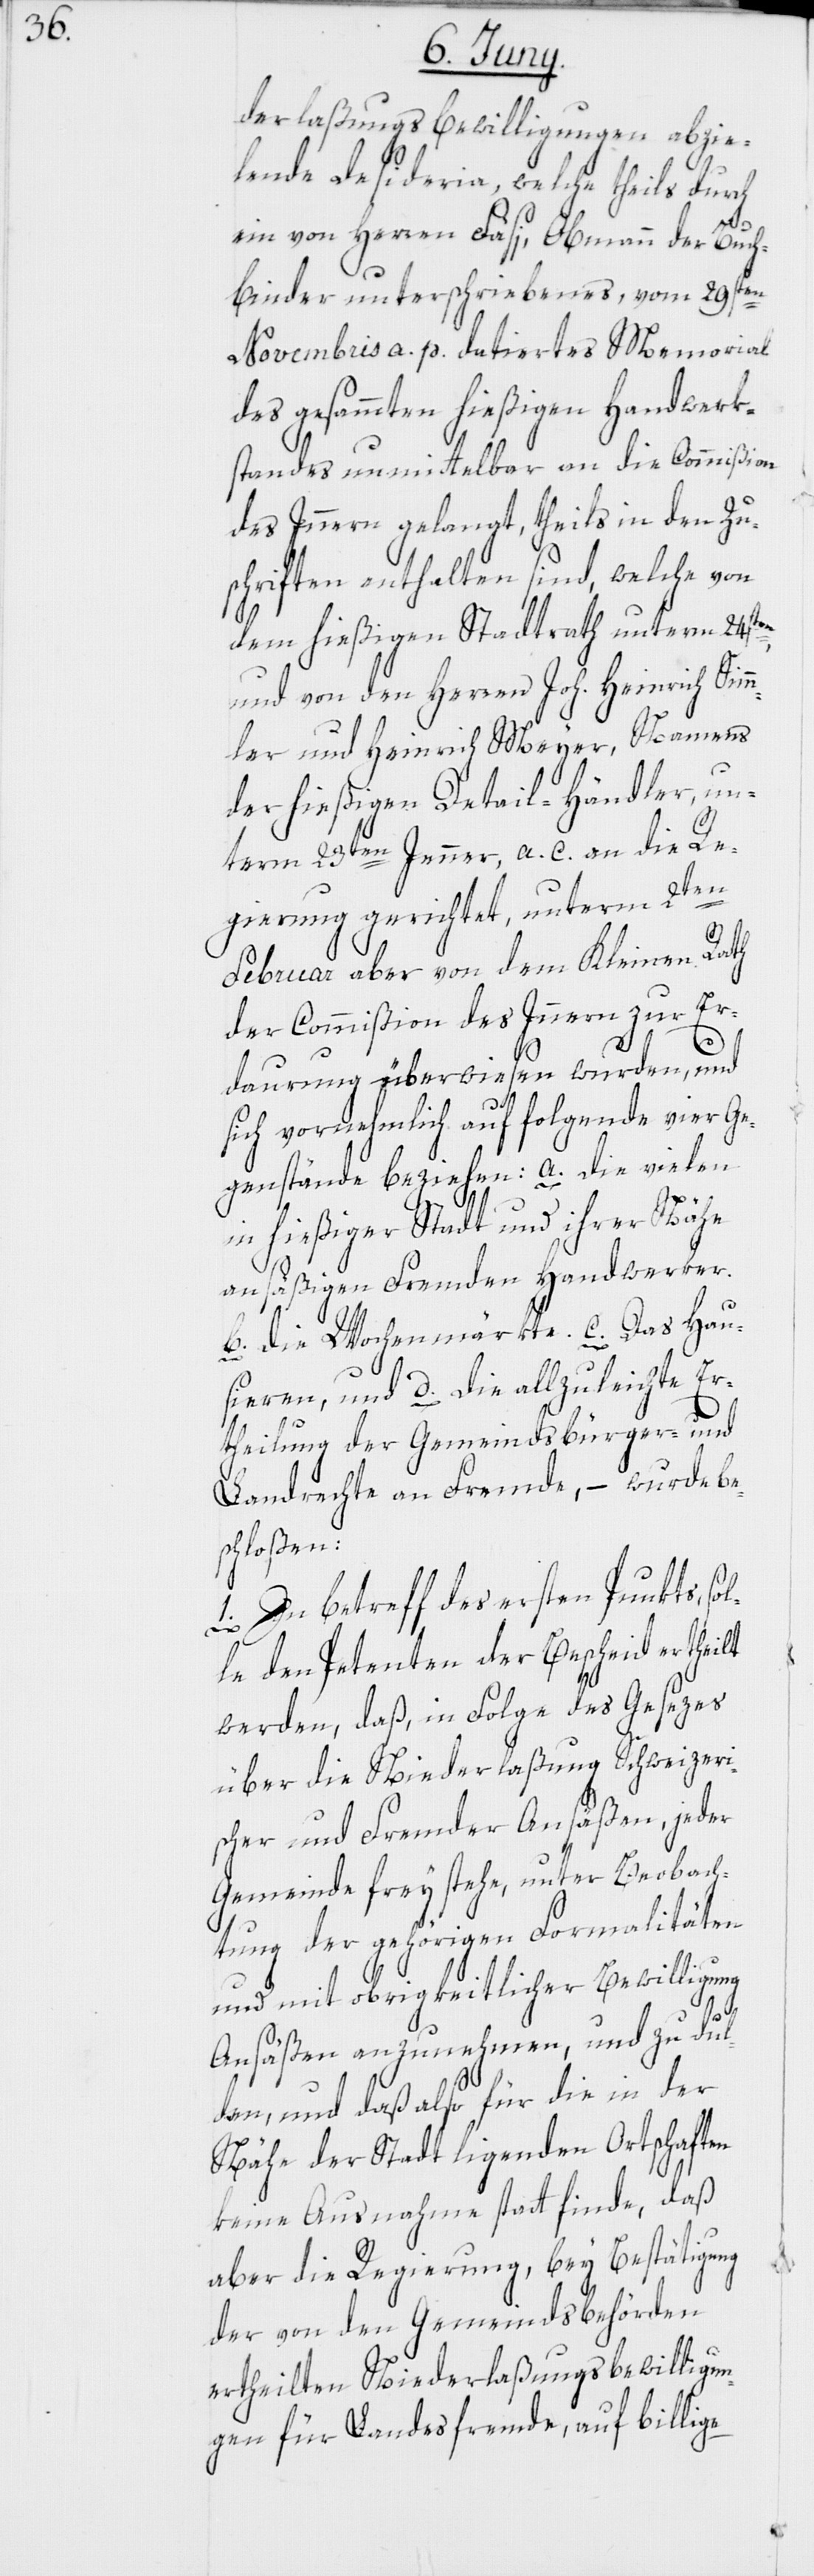
derlaßungsbewilligungen abzie¬
lende Desideria, welche theils durch
ein von Herren Fäsi, Obmann der Buch¬
binder unterschriebenes, vom 29sten
Novembris a. p. datiertes Memorial
des gesammten hießigen Handwerk¬
standes unmittelbar an die Commißion
des Innern gelangt, theils in den Zu¬
schriften enthalten sind, welche von
dem hießigen Stadtrath unterm 24sten,
und von den Herren Joh. Heinrich Simm¬
ler und Heinrich Meyer, Namens
der hießigen Detail-Händler, un¬
term 23ten Jenner, a. c. an die Re¬
gierung gerichtet, unterm 2ten
Februar aber von dem Kleinen Rath
der Commißion des Innern zur Er¬
daurung überwiesen wurden, und
sich vornehmlich auf folgende vier Ge¬
genstände beziehen: a. die vielen
in hießiger Stadt und ihrer Nähe
ansäßigen Fremden Handwerker.
b. die Wochenmärkte. c. Das Hau¬
sieren, und d. die allzuleichte Er¬
theilung der Gemeindsbürger- und
Landrechte an Fremde, – wurde be¬
schloßen:
1. In betreff des ersten Punkts, sol¬
le den Petenten der Bescheid ertheilt
werden, daß, in Folge des Gesezes
über die Niederlaßung Schweizeri¬
scher und Fremder Ansäßen, jeder
Gemeinde frey stehe, unter Beobach¬
tung der gehörigen Formalitäten
und mit obrigkeitlicher Bewilligung
Ansäßen anzunehmen, und zu dul¬
den, und daß also für die in der
Nähe der Stadt ligenden Ortschaften
keine Ausnahme statt finde, daß
aber die Regierung, bey Bestätigung
der von den Gemeindsbehörden
ertheilten Niederlaßungsbewilligun¬
gen für Landesfremde, auf billige